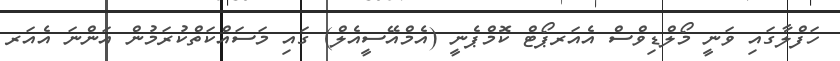
ހަފްލާގައި ވަނީ މޯލްޑިވްސް އެއަރޕޯޓް ކޮމްޕެނީ (އެމްއޭސީއެލް) ގައި މަސައްކަތްކުރަމުން އަންނަ އެއަރ